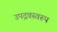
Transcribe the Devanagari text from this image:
उपद्रवस्वरूप